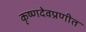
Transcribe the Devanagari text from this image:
कृष्णदेवप्रणीत